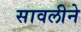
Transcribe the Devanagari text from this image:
सावलीने